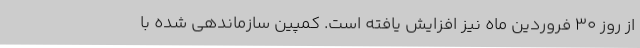
از روز ۳۰ فروردین ماه نیز افزایش یافته است. کمپین سازماندهی شده با